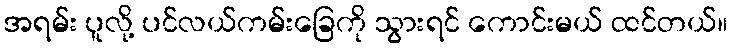
အရမ်း ပူလို့ ပင်လယ်ကမ်းခြေကို သွားရင် ကောင်းမယ် ထင်တယ်။